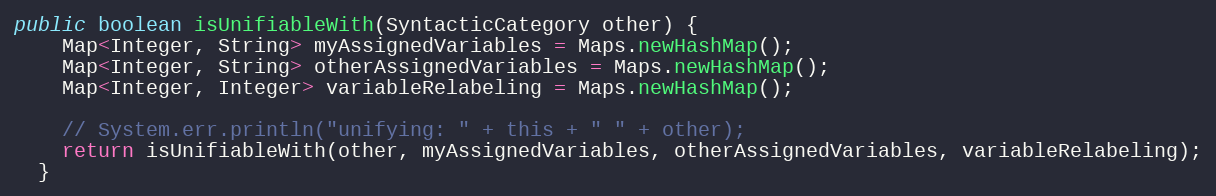
Language: Java
public boolean isUnifiableWith(SyntacticCategory other) {
    Map<Integer, String> myAssignedVariables = Maps.newHashMap();
    Map<Integer, String> otherAssignedVariables = Maps.newHashMap();
    Map<Integer, Integer> variableRelabeling = Maps.newHashMap();

    // System.err.println("unifying: " + this + " " + other);
    return isUnifiableWith(other, myAssignedVariables, otherAssignedVariables, variableRelabeling);
  }